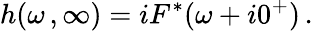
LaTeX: h(\omega\, ,\infty)=iF^{*}(\omega+i0^{+})\, .